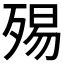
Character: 𣨟